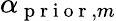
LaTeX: \alpha_{\mathrm{~p~r~i~o~r~},m}